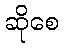
ဆိုစေ